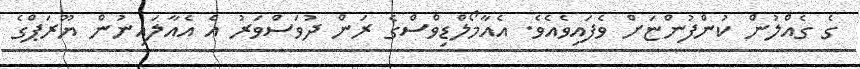
ގެ ގެއްލުން ކުންފުންޏަށް ވެފައިވެއެވެ. އެއާމޯލްޑިވްސްގެ ރަން ދުވަސްވަރު އެ އެއާލައިނުން ޔޫރަޕްގެ